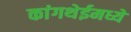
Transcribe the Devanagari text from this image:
कांगथेईमध्ये